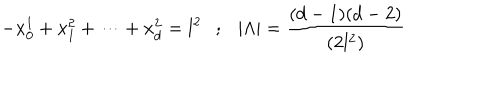
- x _ { 0 } ^ { 1 } + x _ { 1 } ^ { 2 } + \cdots + x _ { d } ^ { 2 } = l ^ { 2 } ; | \Lambda | = { \frac { ( d - 1 ) ( d - 2 ) } { ( 2 l ^ { 2 } ) } }